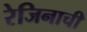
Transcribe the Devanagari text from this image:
रेजिनाची